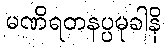
မဏိရတနပ္ပမုခါနိ